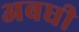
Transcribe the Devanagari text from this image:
अबधी